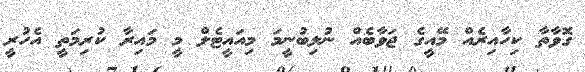
ގޮވާތާ ކިހާއިރެއް މޭއީގެ ޖަވާބެއް ނުލިބުނީމަ މިއައީޓެލް މީ މައިރާ ކުރިމަތީ އެހުރީ